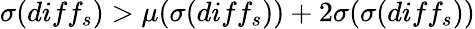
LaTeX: \sigma(diff_{s})>\mu(\sigma(diff_{s}))+2\sigma(\sigma(diff_{s}))